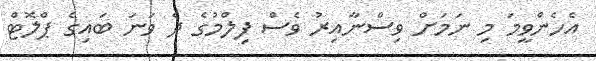
އެހެންވީމަ މި ނަމަށް ވިސްނާއިރު ވެސް ފިލްމުގެ ދެ ވަނަ ބައިގެ ޕްލޮޓް